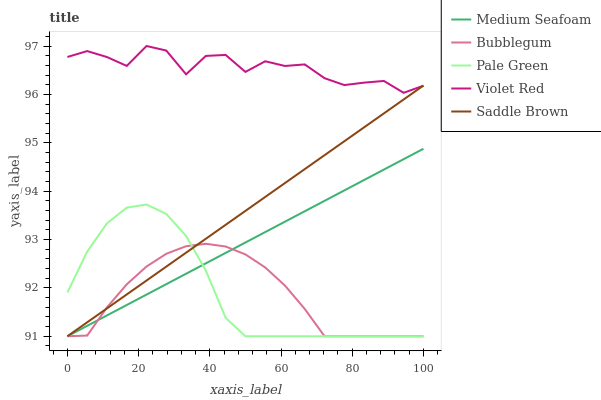
| xaxis_label | Medium Seafoam | Bubblegum | Pale Green | Violet Red | Saddle Brown |
 | --- | --- | --- | --- | --- | --- |
 | 0 | 91 | 91 | 91.9 | 96.8 | 91 |
 | 5.56 | 91.2 | 91 | 92.7 | 96.9 | 91.3 |
 | 11.1 | 91.4 | 91.6 | 93.3 | 96.8 | 91.6 |
 | 16.7 | 91.6 | 92.1 | 93.7 | 96.6 | 91.9 |
 | 22.2 | 91.9 | 92.4 | 93.7 | 97 | 92.2 |
 | 27.8 | 92.1 | 92.7 | 93.5 | 96.9 | 92.4 |
 | 33.3 | 92.3 | 92.9 | 93.1 | 96.4 | 92.7 |
 | 38.9 | 92.5 | 92.9 | 92.4 | 96.8 | 93 |
 | 44.4 | 92.7 | 92.9 | 91.4 | 96.8 | 93.3 |
 | 50 | 92.9 | 92.7 | 91 | 96.5 | 93.6 |
 | 55.6 | 93.2 | 92.4 | 91 | 96.7 | 93.9 |
 | 61.1 | 93.4 | 92 | 91 | 96.6 | 94.2 |
 | 66.7 | 93.6 | 91.6 | 91 | 96.6 | 94.5 |
 | 72.2 | 93.8 | 91 | 91 | 96.3 | 94.7 |
 | 77.8 | 94 | 91 | 91 | 96.2 | 95 |
 | 83.3 | 94.2 | 91 | 91 | 96.2 | 95.3 |
 | 88.9 | 94.4 | 91 | 91 | 96.3 | 95.6 |
 | 94.4 | 94.7 | 91 | 91 | 96 | 95.9 |
 | 100 | 94.9 | 91 | 91 | 96.2 | 96.2 |